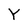
Character: Y